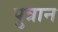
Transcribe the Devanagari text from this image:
पुत्रान